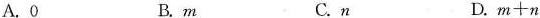
A.0 B.m C.n D.$$m+n$$